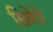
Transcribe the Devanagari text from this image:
सिवेये